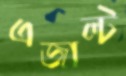
এজাল্ট